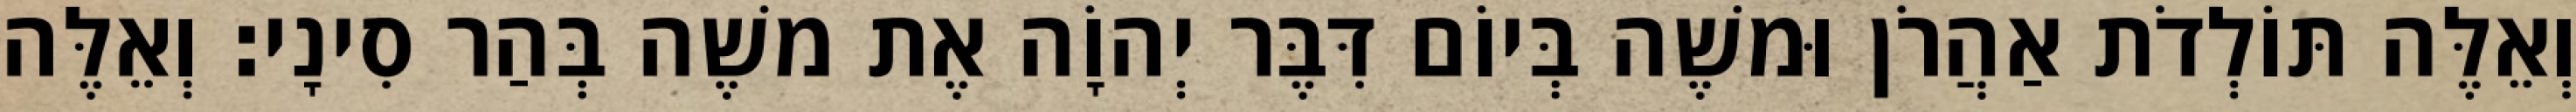
וְאֵלֶּה תּוֹלְדֹת אַהֲרֹן וּמשֶׁה בְּיוֹם דִּבֶּר יְהוָֹה אֶת משֶׁה בְּהַר סִינָי׃ וְאֵלֶּה